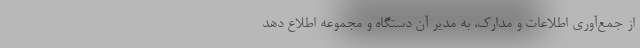
از جمع‌آوری اطلاعات و مدارک، به مدیر آن دستگاه و مجموعه اطلاع دهد